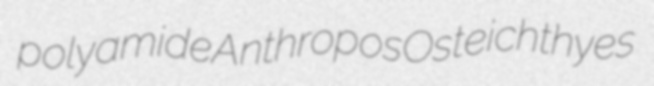
polyamide Anthropos Osteichthyes